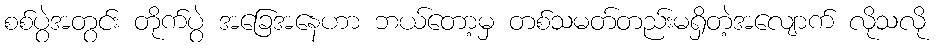
စစ်ပွဲအတွင်း တိုက်ပွဲ အခြေအနေဟာ ဘယ်တော့မှ တစ်သမတ်တည်းမရှိတဲ့အလျောက် လိုသလို